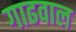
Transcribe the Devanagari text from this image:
गाढवाल